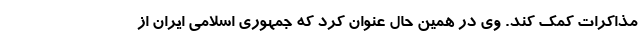
مذاکرات کمک کند. وی در همین حال عنوان کرد که جمهوری اسلامی ایران از